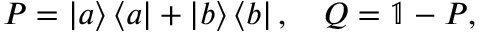
P = \left| a \right\rangle \left\langle a \right| + \left| b \right\rangle \left\langle b \right| , \quad Q = \mathbb { 1 } - P ,